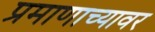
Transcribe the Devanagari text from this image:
प्रमाणाच्यावर